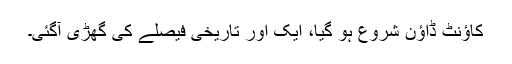
کاؤنٹ ڈاؤن شروع ہو گیا، ایک اور تاریخی فیصلے کی گھڑی آگئی۔